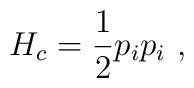
H_c={1\over 2} p_i p_i \,\,,